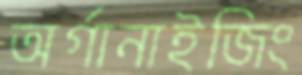
অর্গানাইজিং